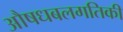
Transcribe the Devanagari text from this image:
औषधबलगतिकी